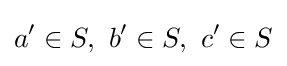
a'\in S,\ b'\in S,\ c'\in S